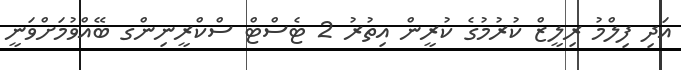
އަދި ފިލްމު ރިލީޒް ކުރުމުގެ ކުރީން އިތުރު 2 ޓެސްޓް ސްކްރީނިންގ ބޭއްވުމަށްވަނީ